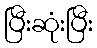
ပြီးဆုံးပြီး